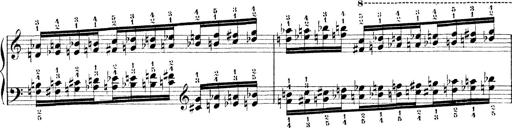
Title: Technische Studien
Composer: Franz Liszt